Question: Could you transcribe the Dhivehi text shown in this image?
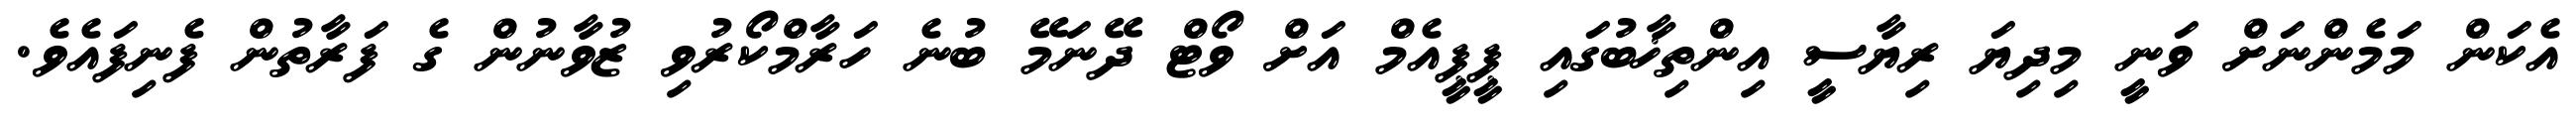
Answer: އެކަން މަމެންނަށް ވަނީ މިދިޔަ ރިޔާސީ އިންތިޚާބުގައި ޕީޕީއެމް އަށް ވޯޓް ދޭނަމޭ ބުނެ ހަރާމްކޯރުވި ޒުވާނުން ގެ ފަރާތުން ފެނިފައެވެ.